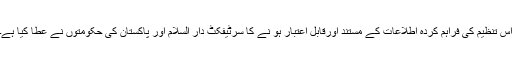
اس تنظیم کی فراہم کردہ اطلاعات کے مستند اورقابل اعتبار ہو نے کا سرٹیفکٹ دار السلام اور پاکستان کی حکومتوں نے عطا کیا ہے۔